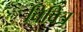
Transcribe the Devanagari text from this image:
विवित्र